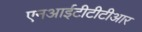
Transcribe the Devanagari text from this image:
एनआईटीटीटीआर